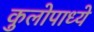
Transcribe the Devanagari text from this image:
कुलोपाध्ये